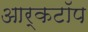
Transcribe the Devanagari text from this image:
आर्कटॉप